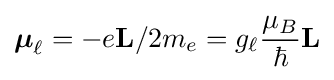
{\boldsymbol {\mu }}_{\ell }=-e\mathbf {L} /2m_{e}=g_{\ell }{\frac {\mu _{B}}{\hbar }}\mathbf {L} \,\!